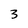
Character: 3